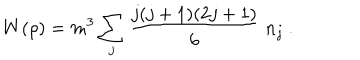
LaTeX: W { ( \rho ) } = m ^ { 3 } \sum _ { j } \frac { j ( j + 1 ) ( 2 j + 1 ) } { 6 } \; n _ { j } \ .